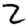
Digit: 2